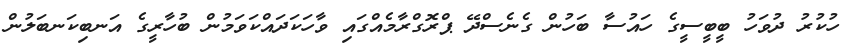
ހުކުރު ދުވަހު ބީބީސީގެ ހައުސާ ބަހުން ގެނެސްދޭ ޕްރޮގްރާމެއްގައި ވާހަކަދައްކަވަމުން ބުހާރީގެ އަނބިކަނބަލުން